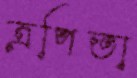
ত্রপিতা